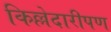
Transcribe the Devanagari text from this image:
किल्लेदारीपण